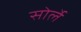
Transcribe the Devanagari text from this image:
सोर्ले